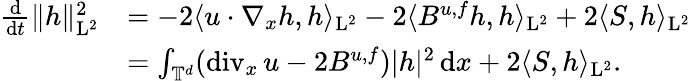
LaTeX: \begin{array}{rl}{\frac{\mathrm{d}}{\mathrm{d}t}\Vert h\Vert_{\mathrm{L}^{2}}^{2}}&{=-2\langle u\cdot\nabla_{x}h,h\rangle_{\mathrm{L}^{2}}-2\langle B^{u,f}h,h\rangle_{\mathrm{L}^{2}}+2\langle S,h\rangle_{\mathrm{L}^{2}}}\\ &{=\int_{\mathbb T^{d}}(\mathrm{div}_{x}\, u-2B^{u,f})\vert h\vert^{2}\, \mathrm{d}x+2\langle S,h\rangle_{\mathrm{L}^{2}}.}\end{array}